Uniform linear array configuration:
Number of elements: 8
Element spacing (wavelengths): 1
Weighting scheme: blackman
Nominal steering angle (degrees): -15
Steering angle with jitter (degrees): -13.813
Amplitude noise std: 0.05
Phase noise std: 0.05

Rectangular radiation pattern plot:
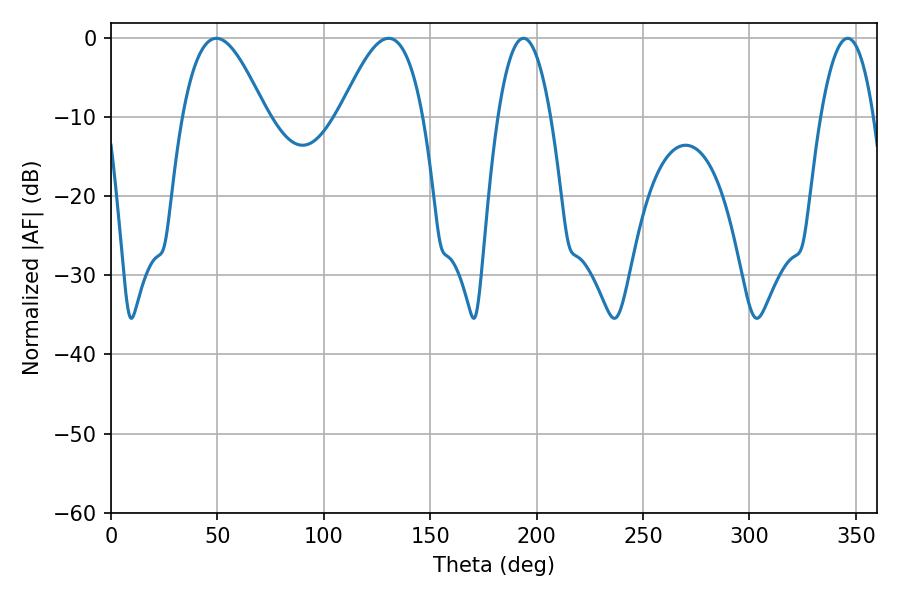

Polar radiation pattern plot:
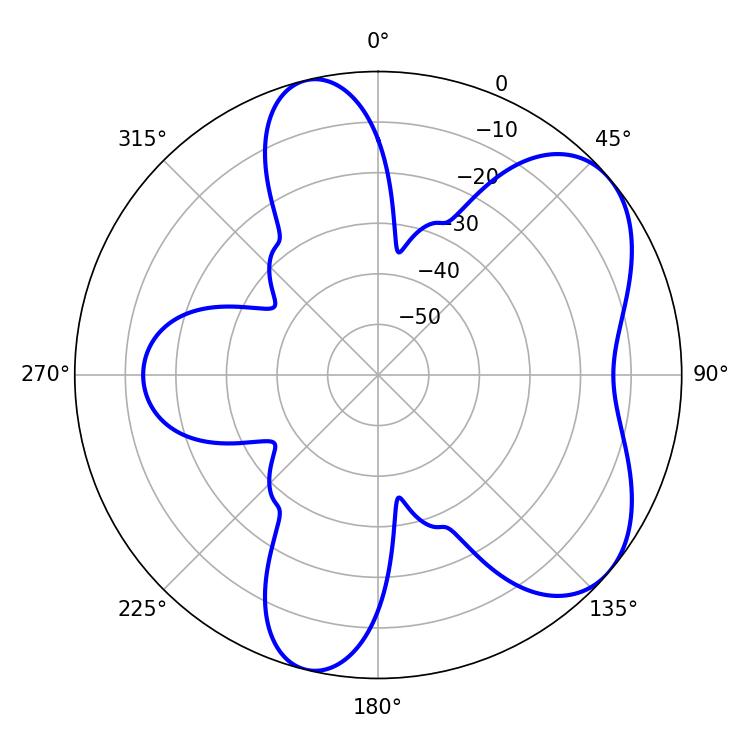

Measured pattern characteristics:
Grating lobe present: TRUE
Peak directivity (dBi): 5.976
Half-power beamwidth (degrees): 13.86
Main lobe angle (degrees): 193.86